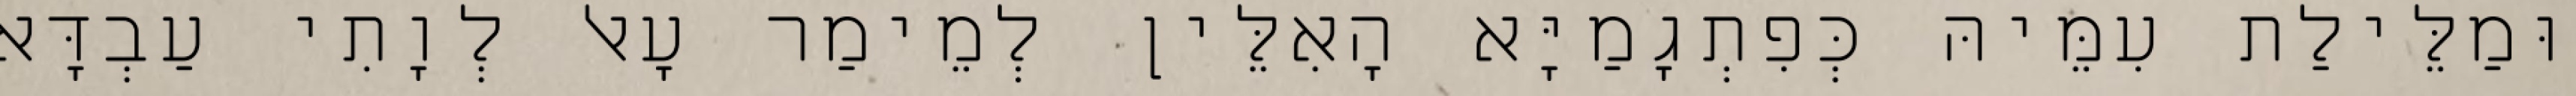
וּמַלֵּילַת עִמֵּיהּ כְּפִתְגָמַיָּא הָאִלֵּין לְמֵימַר עָאל לְוָתִי עַבְדָּא